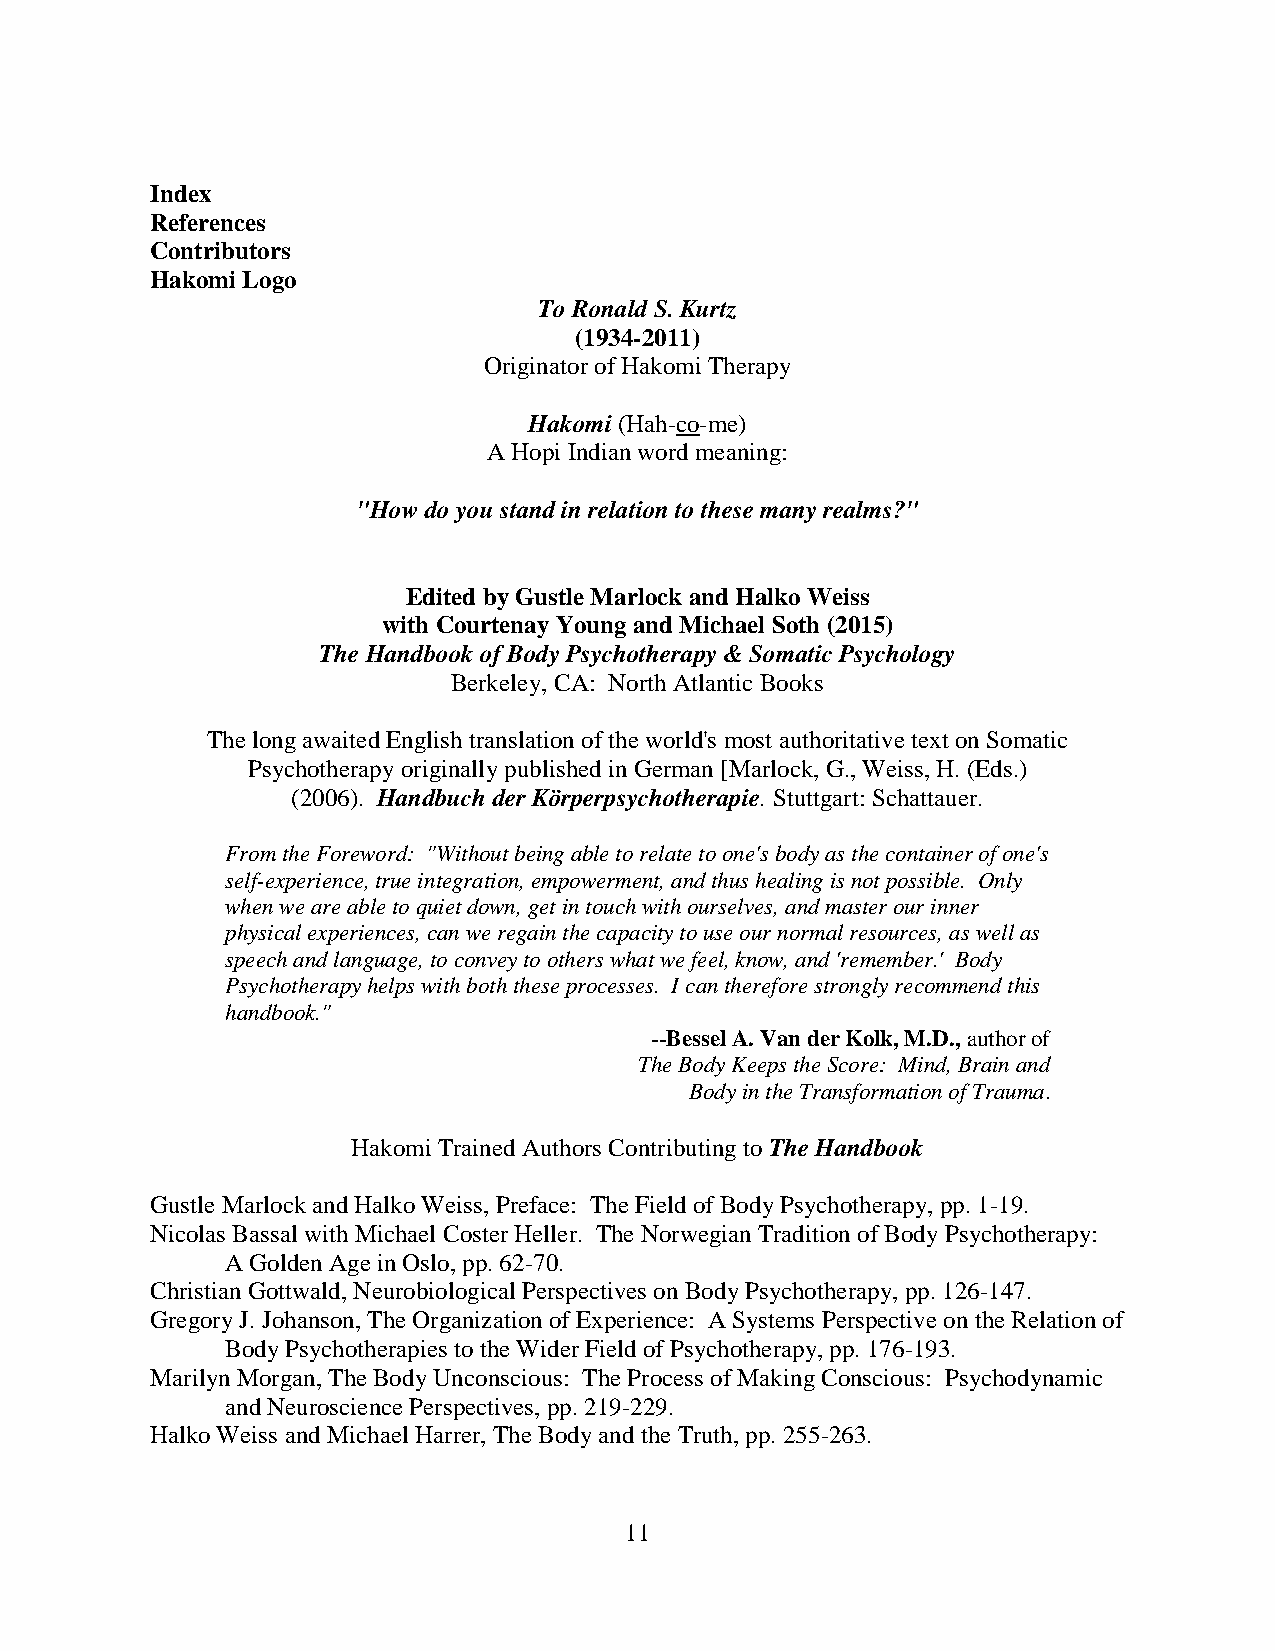
Index
 References
 Contributors
 Hakomi Logo
 To Ronald S. Kurtz
 (1934-2011)
 Originator of Hakomi Therapy
 Hakomi (Hah-co-me)
 A Hopi Indian word meaning:
 "How do you stand in relation to these many realms?"
 Edited by Gustle Marlock and Halko Weiss
 with Courtenay Young and Michael Soth (2015)
 The Handbook of Body Psychotherapy & Somatic Psychology
 Berkeley, CA: North Atlantic Books
 The long awaited English translation of the world's most authoritative text on Somatic
 Psychotherapy originally published in German [Marlock, G., Weiss, H. (Eds.)
 (2006). Handbuch der Körperpsychotherapie. Stuttgart: Schattauer.
 From the Foreword: "Without being able to relate to one's body as the container of one's
 self-experience, true integration, empowerment, and thus healing is not possible. Only
 when we are able to quiet down, get in touch with ourselves, and master our inner
 physical experiences, can we regain the capacity to use our normal resources, as well as
 speech and language, to convey to others what we feel, know, and 'remember.' Body
 Psychotherapy helps with both these processes. I can therefore strongly recommend this
 handbook."
 --Bessel A. Van der Kolk, M.D., author of
 The Body Keeps the Score: Mind, Brain and
 Body in the Transformation of Trauma.
 Hakomi Trained Authors Contributing to The Handbook
 Gustle Marlock and Halko Weiss, Preface: The Field of Body Psychotherapy, pp. 1-19.
 Nicolas Bassal with Michael Coster Heller. The Norwegian Tradition of Body Psychotherapy:
 A Golden Age in Oslo, pp. 62-70.
 Christian Gottwald, Neurobiological Perspectives on Body Psychotherapy, pp. 126-147.
 Gregory J. Johanson, The Organization of Experience: A Systems Perspective on the Relation of
 Body Psychotherapies to the Wider Field of Psychotherapy, pp. 176-193.
 Marilyn Morgan, The Body Unconscious: The Process of Making Conscious: Psychodynamic
 and Neuroscience Perspectives, pp. 219-229.
 Halko Weiss and Michael Harrer, The Body and the Truth, pp. 255-263.
 11